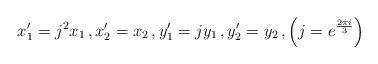
LaTeX: \begin{align*}x_1^\prime = j^2 x_1 \, , x_2^\prime = x_2 \, , y_1^\prime = j y_1 \, , y_2^\prime = y_2 \, , \left( j = e^{\frac{2 \pi i}{3}} \right)\end{align*}